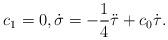
LaTeX: \begin{align*} c_1=0, \dot{\sigma}=-\frac{1}{4}\ddot{\tau}+c_0\dot{\tau}.\end{align*}